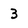
Character: 3